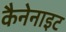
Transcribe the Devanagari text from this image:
कैनेनाइट